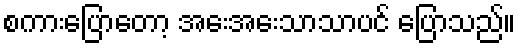
စကားပြောတော့ အေးအေးသာသာပင် ပြောသည်။